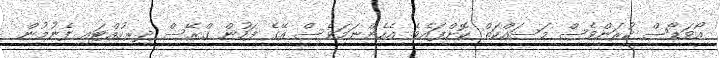
އޯވަޑޯސް ކުރަންވެސް މަސައްކަތް ކޮށްފައެވެ. އެހެންނަމަވެސް އޭގެ ފަހުން ގްރޭސް ދިރިހުއްޓައި ފެނުމުން